Indian journal of veterinary science and animal husbandry - Volumes 22-23, 1952-1953
Year: 1952
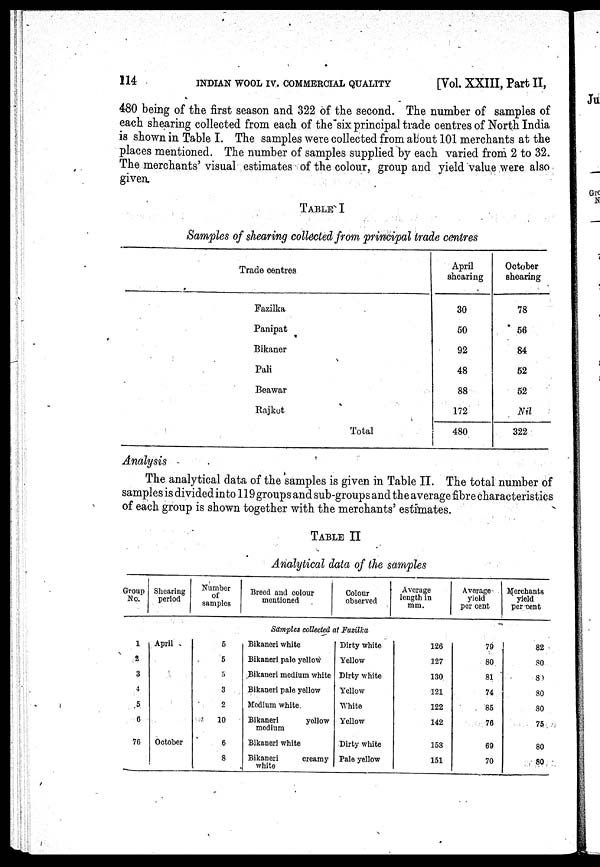
114
INDIAN WOOL IV. COMMERCIAL QUALITY
[Vol. XXIII, Part II,
480 being of the first season and 322 of the second. The number of samples of
each shearing collected from each of the six principal trade centres of North India
is shown in Table I. The samples were collected from about 101 merchants at the
places mentioned. The number of samples supplied by each varied from 2 to 32.
The merchants' visual estimates of the colour, group and yield value were also
given.
TABLE I
Samples of shearing collected from principal trade centres
Trade centres
Fazilka
Panipat
Bikaner
Pali
Beawar
Rajkot
Total
April
shearing
30
50
92
48
88
172
480
October
shearing
78
56
84
52
52
Nil
322
Analysis
The analytical data of the samples is given in Table II. The total number of
samples is divided into 119 groups and sub-groups and the average fibre characteristics
of each group is shown together with the merchants' estimates.
TABLE II
Analytical data of the samples
Group
No.
Shearing
period
Number
of
samples
Breed and colour
mentioned
Colour
observed
Average
length in
mm.
Average
yield
per cent
Merchants
yield
per cent
Samples collected at Fazilka
1
2
3
4
5
6
76
April
October
5
5
5
3
2
10
6
8
Bikaneri white
Bikaneri pale yellow
Bikaneri medium white
Bikaneri pale yellow
Medium white
Bikaneri
yellow
medium
Bikaneri white
Bikaneri
creamy
white
Dirty white
Yellow
Dirty white
Yellow
White
Yellow
Dirty white
Pale yellow
126
127
130
121
122
142
153
151
79
80
81
74
85
76
69
70
82
80
80
80
80
75
80
80